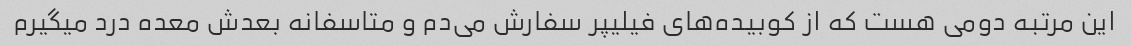
این مرتبه دومی هست که از کوبیده‌های فیلیپر سفارش می‌دم و متاسفانه بعدش معده درد میگیرم